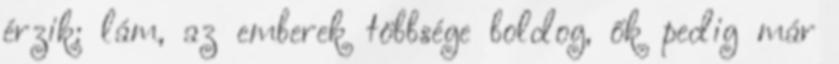
érzik: lám, az emberek többsége boldog, ők pedig már